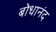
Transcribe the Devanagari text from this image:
बोधानंद